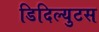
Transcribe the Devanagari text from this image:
डिदिल्युटस